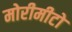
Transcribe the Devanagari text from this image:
मोरीमीटो